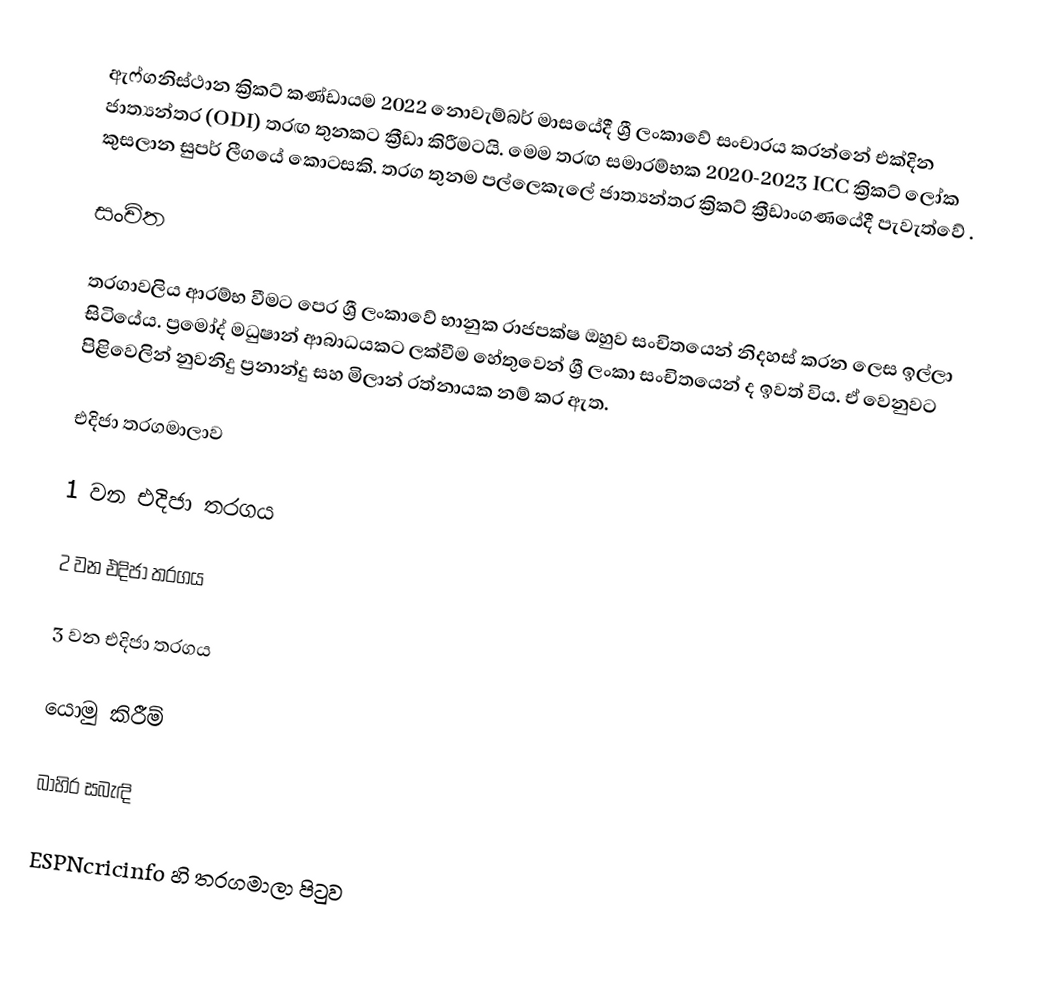
ඇෆ්ගනිස්ථාන ක්‍රිකට් කණ්ඩායම 2022 නොවැම්බර් මාසයේදී ශ්‍රී ලංකාවේ සංචාරය කරන්නේ එක්දින ජාත්‍යන්තර (ODI) තරඟ තුනකට ක්‍රීඩා කිරීමටයි.  මෙම තරඟ සමාරම්භක 2020-2023 ICC ක්‍රිකට් ලෝක කුසලාන සුපර් ලීගයේ කොටසකි.  තරග තුනම පල්ලෙකැලේ ජාත්‍යන්තර ක්‍රිකට් ක්‍රීඩාංගණයේදී පැවැත්වේ .

සංචිත

තරගාවලිය ආරම්භ වීමට පෙර ශ්‍රී ලංකාවේ භානුක රාජපක්ෂ ඔහුව සංචිතයෙන් නිදහස් කරන ලෙස ඉල්ලා සිටියේය.  ප්‍රමෝද් මධුෂාන් ආබාධයකට ලක්වීම හේතුවෙන් ශ්‍රී ලංකා සංචිතයෙන් ද ඉවත් විය. ඒ වෙනුවට පිළිවෙලින් නුවනිදු ප්‍රනාන්දු සහ මිලාන් රත්නායක නම් කර ඇත.

එදිජා තරගමාලාව

1 වන එදිජා තරගය

2 වන එදිජා තරගය

3 වන එදිජා තරගය

යොමු කිරීම්

බාහිර සබැඳි

 ESPNcricinfo හි තරගමාලා පිටුව